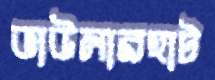
ভাউলারহাট